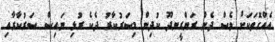
އެއްގޮތަކަށް ވެސް ދެން ރަންރީނދޫ ކުދިން މިސަރުކާރު ދެކެ ރުޅި ނައިސް ސަރުކާރާއި